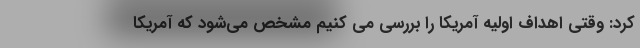
کرد: وقتی اهداف اولیه آمریکا را بررسی می کنیم مشخص می‌شود که آمریکا